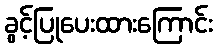
ခွင့်ပြုပေးထားကြောင်း